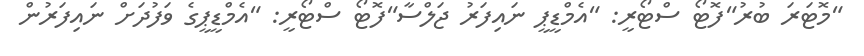
"މޮޓަރަ ބުރު"ފޮޓޯ ސްޓޯރީ: "އެމްޑީޕީ ނައިފަރު ޖަލްސާ"ފޮޓޯ ސްޓޯރީ: "އެމްޑީޕީގެ ވަފުދަށް ނައިފަރުން